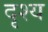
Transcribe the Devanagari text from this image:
दृश्‍य